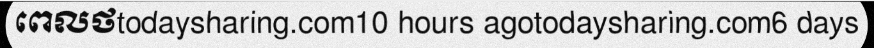
ពេលថtodaysharing.com10 hours agotodaysharing.com6 days